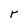
Character: r